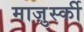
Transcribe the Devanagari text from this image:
माज़ुर्स्की